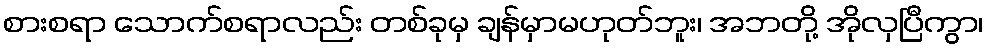
စားစရာ သောက်စရာလည်း တစ်ခုမှ ချန်မှာမဟုတ်ဘူး၊ အဘတို့ အိုလှပြီကွာ၊